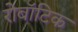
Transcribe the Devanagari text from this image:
रोबॉटिक